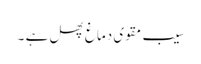
سیب مقوی دماغ پھل ہے ۔